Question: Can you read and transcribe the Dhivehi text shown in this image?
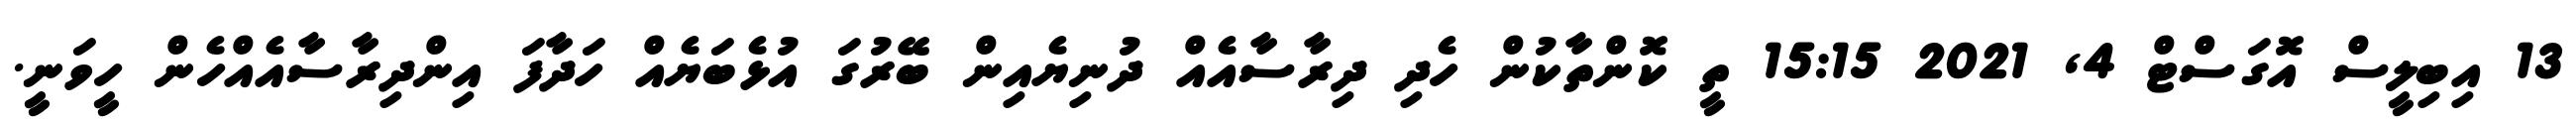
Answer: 13 އިބިލީސް އޮގަސްޓް 4, 2021 15:15 ތީ ކޮންތާކުން ހެދި ދިރާސާއެއް ދުނިޔެއިން ބޭރުގަ އުޅެބަޔެއް ހަދާފަ އިންދިރާސާއެއްހެން ހީވަނީ.